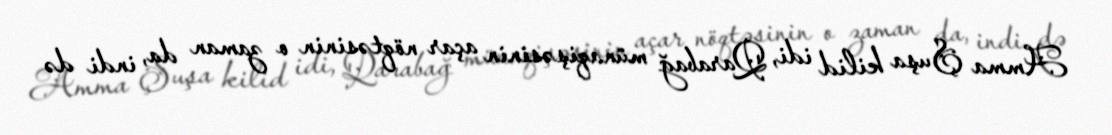
Amma Şuşa kilid idi, Qarabağ münaqişəsinin açar nöqtəsinin o zaman da, indi də